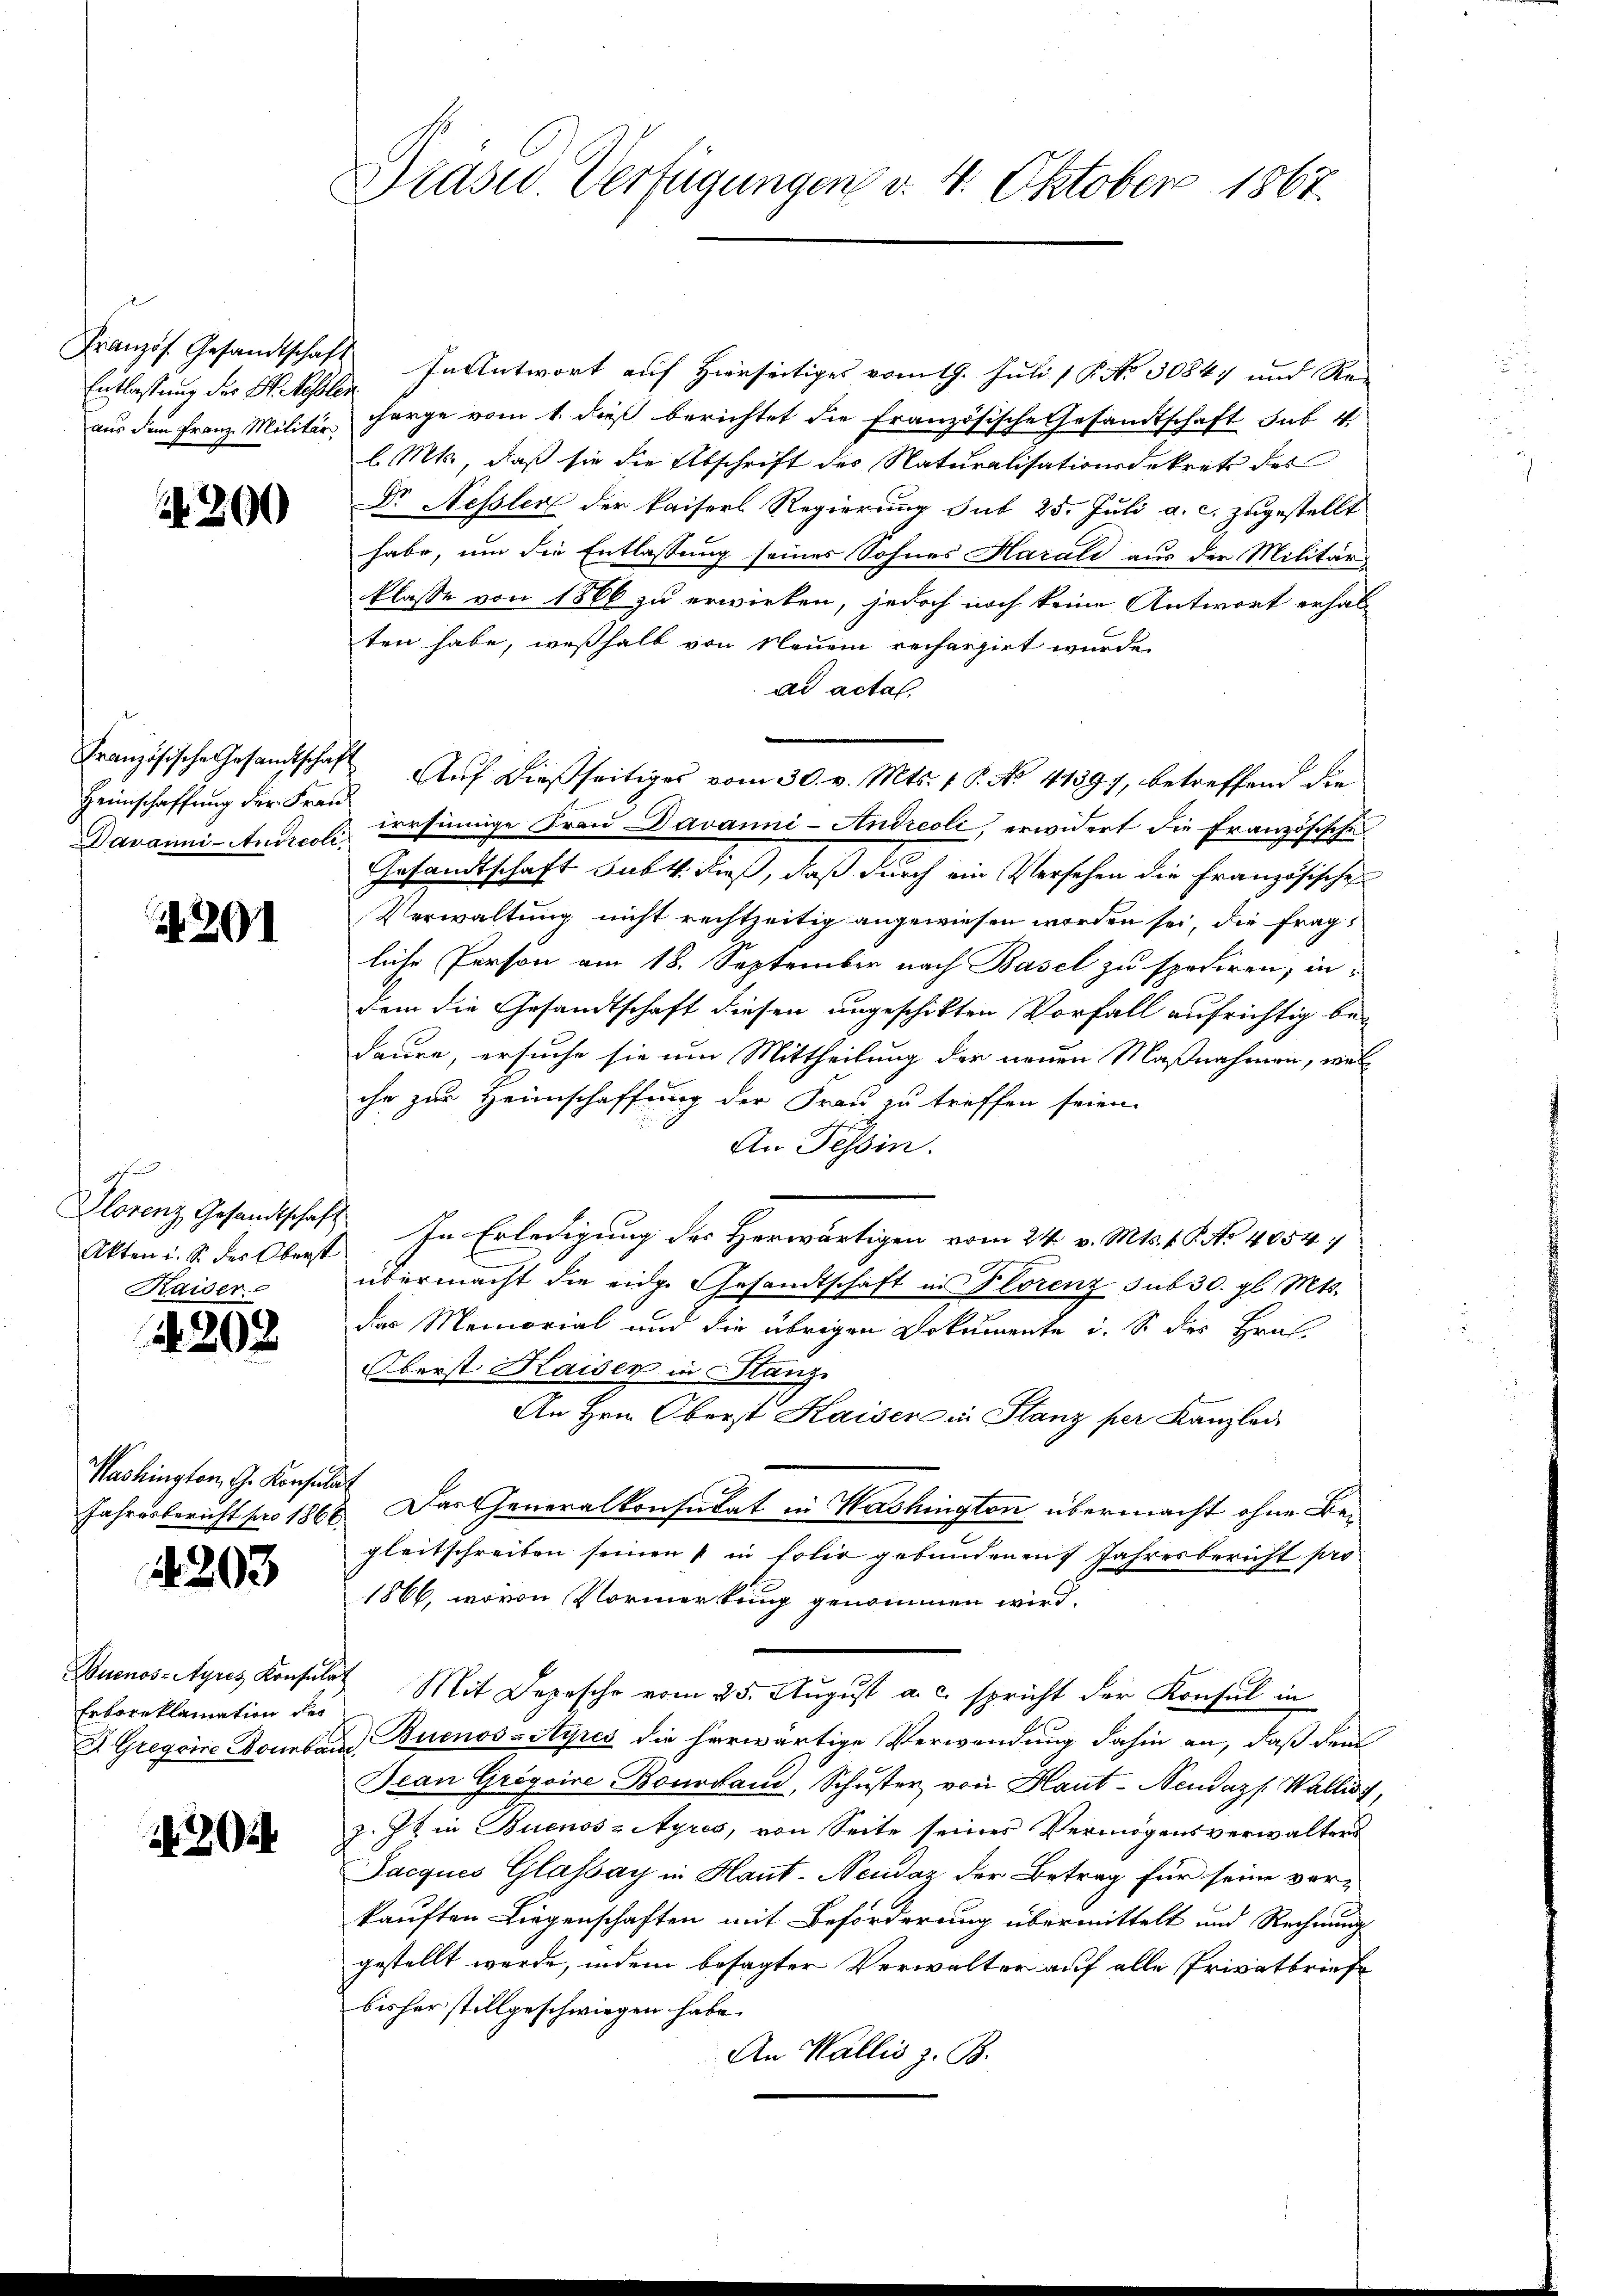
Entlastung des St. Nessler

200

Heimschaffung der Franz

201

Akten i. S. des Oberst
Kaiser

2202

Washington, G. Konsulat

4203

Erboreklamation des

204

Präsid. Verfügungen v. 4. Oktober 1867.

Französ. Gesandtschaft In Antwort auf hierseitiges vom 19. Juli 1 P. Nr. 30847 und Reaus dem Franz Militär arge vom 1. dieß berichtet die Französische Gesandtschaft sub 4
l. Mts., daß sie die Abschrift des Naturalisationsdekrets des
Dr Nessler der Kaisers Regierung sub 25. Juli a. c. zugestellt
habe, um die Entlassung seines Sohnes Harali aus der Militär
klasse von 1866 zu erwirken, jedoch noch keine Antwort erhalten habe, weßhalb von Neuem rechargirt wurde.
ad acta
Französische Gesandtschaft Aŭf dießseitiges vom 30. v. Mts. 1 S. No. 41397, betreffend die
Davanni- Andrech besinnige Frau Javanni- Andreoli, erwidert die französische
Gesandtschaft subt dieß, daß durch ein Versehen die Französische
Verwaltung nicht rechtzeitig angewiesen worden sei, die fragliche Person am 18. September nach Basel zu spediren, indem die Gesandtschaft diesen ungeschikten Vorfall aufrichtig bedaure, ersuche sie um Mittheilung der neuen Maßnahmen, wel
che zur Heimschaffung der Frau zu treffen seien.
An Tessin.
Plorenz Gesandtschaft. In Erledigung des Herwärtigen vom 24. v. Mts. 4 5 No 40547
übermacht die eidge Gesandtschaft in Florenz sub 30. gl. Mts.
das Memorial und die übrigen Dokumente i. So der Hras
Oberst Kaiser in Stanz
An Hrn. Oberst Kaiser in Flanz per Kanzlei
Jahresbericht pro 1868. Das Generalkonsulat in Washington übermacht ohne Begleitschreiben seinen in folio gebundenen Jahresbericht pro
1866, wovon Vormerkung genommen wird.
Buenos-Ayres Konsulen Mit Depesche vom 25. August a. c. spricht der Konsul in
S. Gregoire Donnbar Buenos-Ayres die herwärtige Verwendung dahin an, daß den
Jean Grigoine Bourdaud, Schŭster von Haut-Neudazf Wallis
z. Zt. in Buenos-Ayres, von Seite seines Vermögensverwalters
Jacques Glassay in Haut-Neudaz der Betrag für seine verkauften Liegenschaften mit Beförderung übermittelt und Rechnung
gestellt werde, indem besagter Verwalter auf alle Privatbriefe
bisher stillgeschwiegen habe.
An Wallis z. B.